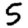
Digit: 5